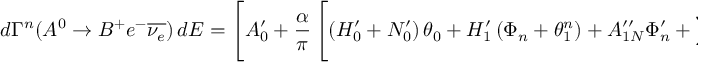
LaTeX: d \Gamma ^ { n } ( A ^ { 0 } \rightarrow B ^ { + } e ^ { - } \overline { { { \nu _ { e } } } } ) \, d E = \left[ A _ { 0 } ^ { \prime } + \frac { \alpha } { \pi } \left[ \left( H _ { 0 } ^ { \prime } + N _ { 0 } ^ { \prime } \right) \theta _ { 0 } + H _ { 1 } ^ { \prime } \left( \Phi _ { n } + \theta _ { 1 } ^ { n } \right) + A _ { 1 N } ^ { \prime \prime } \Phi _ { n } ^ { \prime } + \sum _ { i = 2 } ^ { 1 7 } \left( H _ { i } ^ { \prime } + N _ { i } ^ { \prime } \right) \theta _ { i } \right] \right] d \Omega .